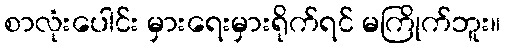
စာလုံးပေါင်း မှားရေးမှားရိုက်ရင် မကြိုက်ဘူး။